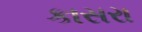
કાસરા